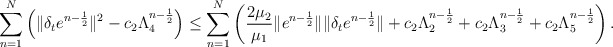
\begin{align*} \sum\limits_{n=1}^{N}\left( \|\delta_t e^{n-\frac{1}{2}}\|^2-c_2\Lambda_4^{n-\frac{1}{2}}\right) \leq \sum\limits_{n=1}^{N} \left(\frac{2\mu_2}{\mu_1}\|e^{n-\frac{1}{2}}\|\| \delta_te^{n-\frac{1}{2}}\|+c_2\Lambda_2^{n-\frac{1}{2}}+c_2\Lambda_3^{n-\frac{1}{2}}+c_2\Lambda_5^{n-\frac{1}{2}}\right). \end{align*}